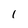
Character: 1